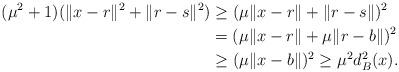
LaTeX: \begin{align*}(\mu^2 +1)(\|x -r\|^2 +\|r -s\|^2) &\geq (\mu\|x -r\| +\|r -s\|)^2 \\&=(\mu\|x -r\| +\mu\|r -b\|)^2 \\&\geq (\mu\|x -b\|)^2 \geq \mu^2d_B^2(x).\end{align*}